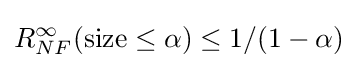
R_{NF}^{\infty }({\text{size}}\leq \alpha )\leq 1/(1-\alpha )